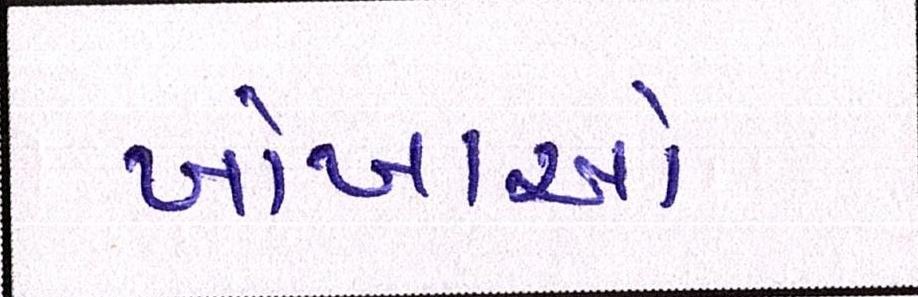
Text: ખોખાઓ